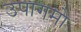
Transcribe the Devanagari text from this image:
उपागमो